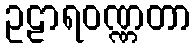
ဥဠာရဝဏ္ဏတာ